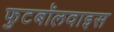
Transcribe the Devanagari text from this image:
फुटबॉलवाइस